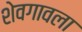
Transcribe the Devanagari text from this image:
शेवगावला